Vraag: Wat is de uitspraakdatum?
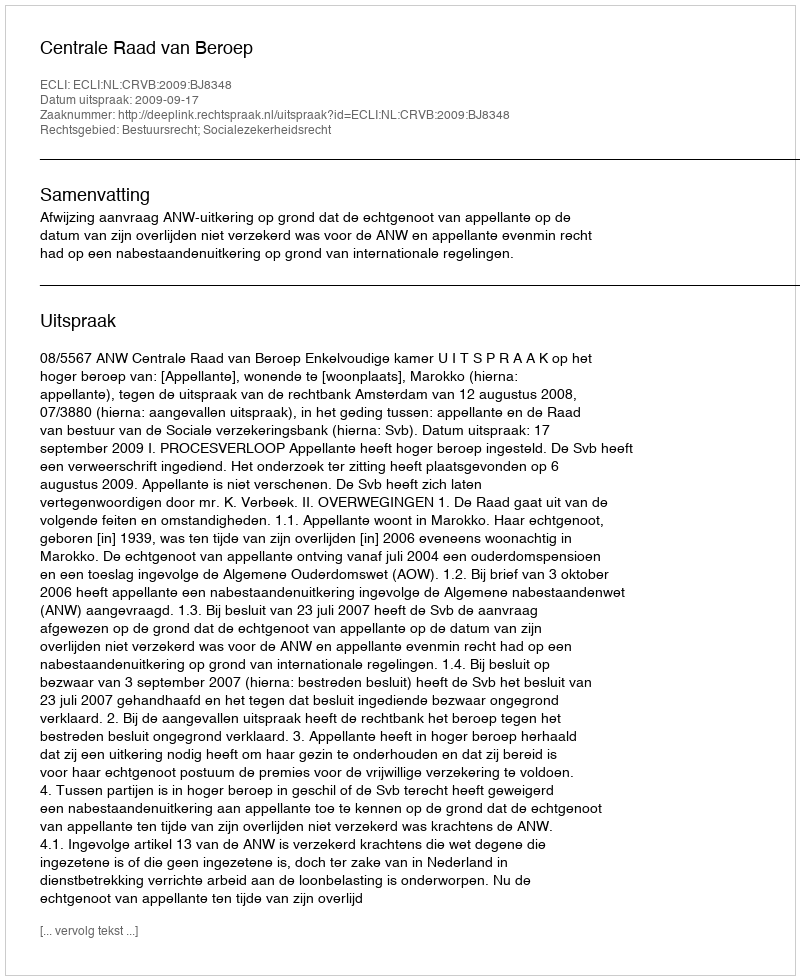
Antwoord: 2009-09-17